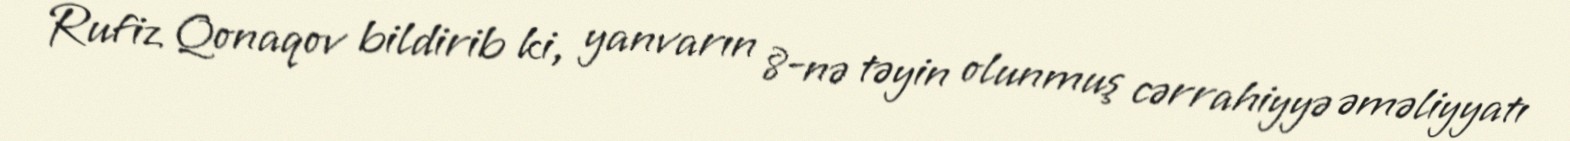
Rufiz Qonaqov bildirib ki, yanvarın 8-nə təyin olunmuş cərrahiyyə əməliyyatı